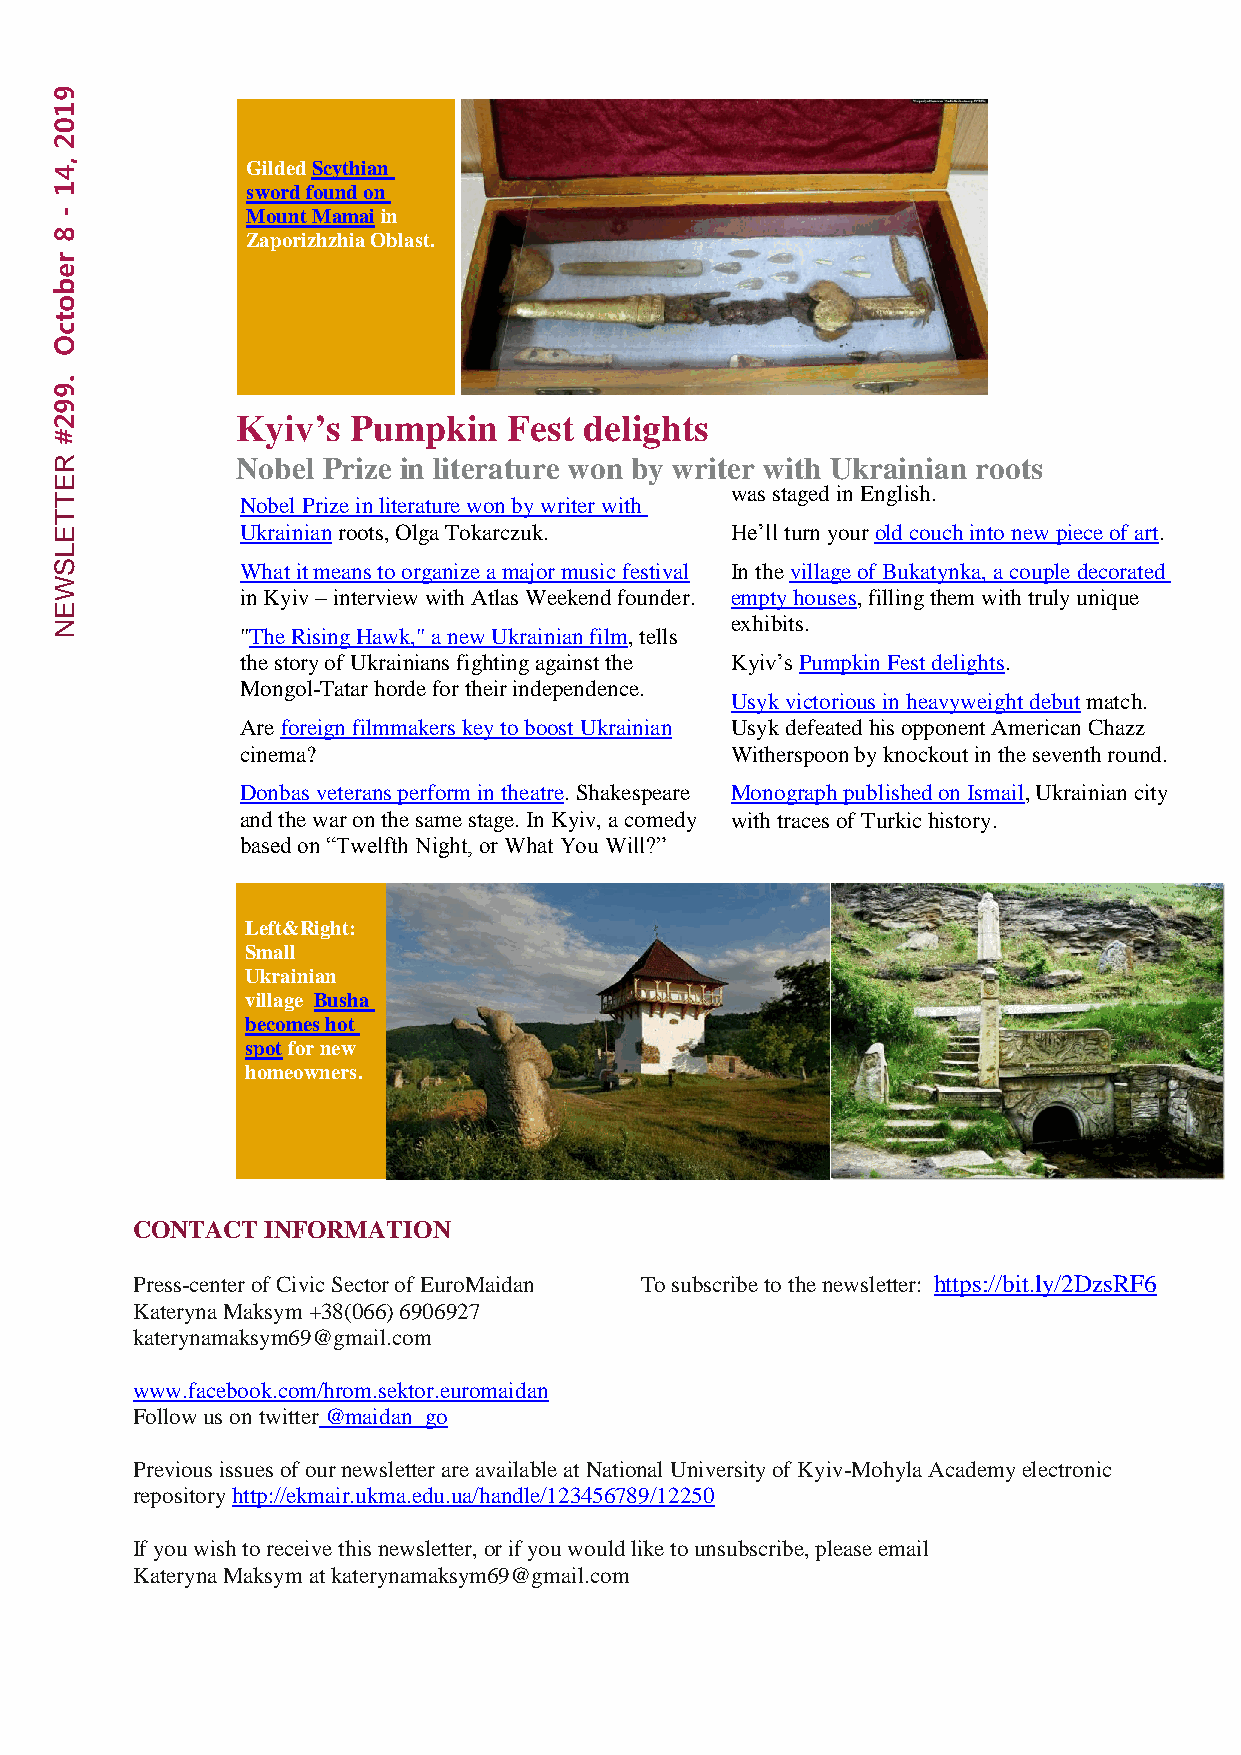
9
 1
 0
 2
 , 4          Gilded Scythian
 1            sword found on
 -            Mount Mamai in
 8            Zaporizhzhia Oblast.
 r
 e
 b
 o
 t
 c
 O
 .
 9
 9
 2            Kyiv’s Pumpkin    Fest delights
 #
 R            Nobel Prize in literature won by writer with Ukrainian roots
 E
 was staged in English.
 T            Nobel Prize in literature won by writer with
 T
 E            Ukrainian roots, Olga Tokarczuk. He’ll turn your old couch into new piece of art.
 L
 S            What it means to organize a major music festival In the village of Bukatynka, a couple decorated
 W
 in Kyiv – interview with Atlas Weekend founder. empty houses, filling them with truly unique
 E
 N                                            exhibits.
 "The Rising Hawk," a new Ukrainian film, tells
 the story of Ukrainians fighting against the Kyiv’s Pumpkin Fest delights.
 Mongol-Tatar horde for their independence.
 Usyk victorious in heavyweight debut match.
 Are foreign filmmakers key to boost Ukrainian Usyk defeated his opponent American Chazz
 cinema?                         Witherspoon by knockout in the seventh round.
 Donbas veterans perform in theatre. Shakespeare Monograph published on Ismail, Ukrainian city
 and the war on the same stage. In Kyiv, a comedy with traces of Turkic history.
 based on “Twelfth Night, or What You Will?”
 Left&Right:
 Small
 Ukrainian
 village Busha
 becomes hot
 spot for new
 homeowners.
 CONTACT INFORMATION
 Press-center of Civic Sector of EuroMaidan To subscribe to the newsletter: https://bit.ly/2DzsRF6
 Kateryna Maksym +38(066) 6906927
 katerynamaksym69@gmail.com
 www.facebook.com/hrom.sektor.euromaidan
 Follow us on twitter @maidan_go
 Previous issues of our newsletter are available at National University of Kyiv-Mohyla Academy electronic
 repository http://ekmair.ukma.edu.ua/handle/123456789/12250
 If you wish to receive this newsletter, or if you would like to unsubscribe, please email
 Kateryna Maksym at katerynamaksym69@gmail.com